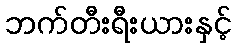
ဘက်တီးရီးယားနှင့်